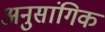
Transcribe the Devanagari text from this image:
अनुसांगिक